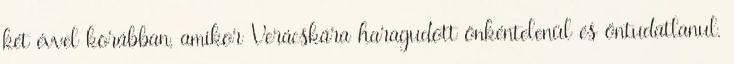
két évvel korábban, amikor Verácskára haragudott önkéntelenül és öntudatlanul,